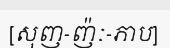
[សុញ-ញ៉ៈ-ភាប]